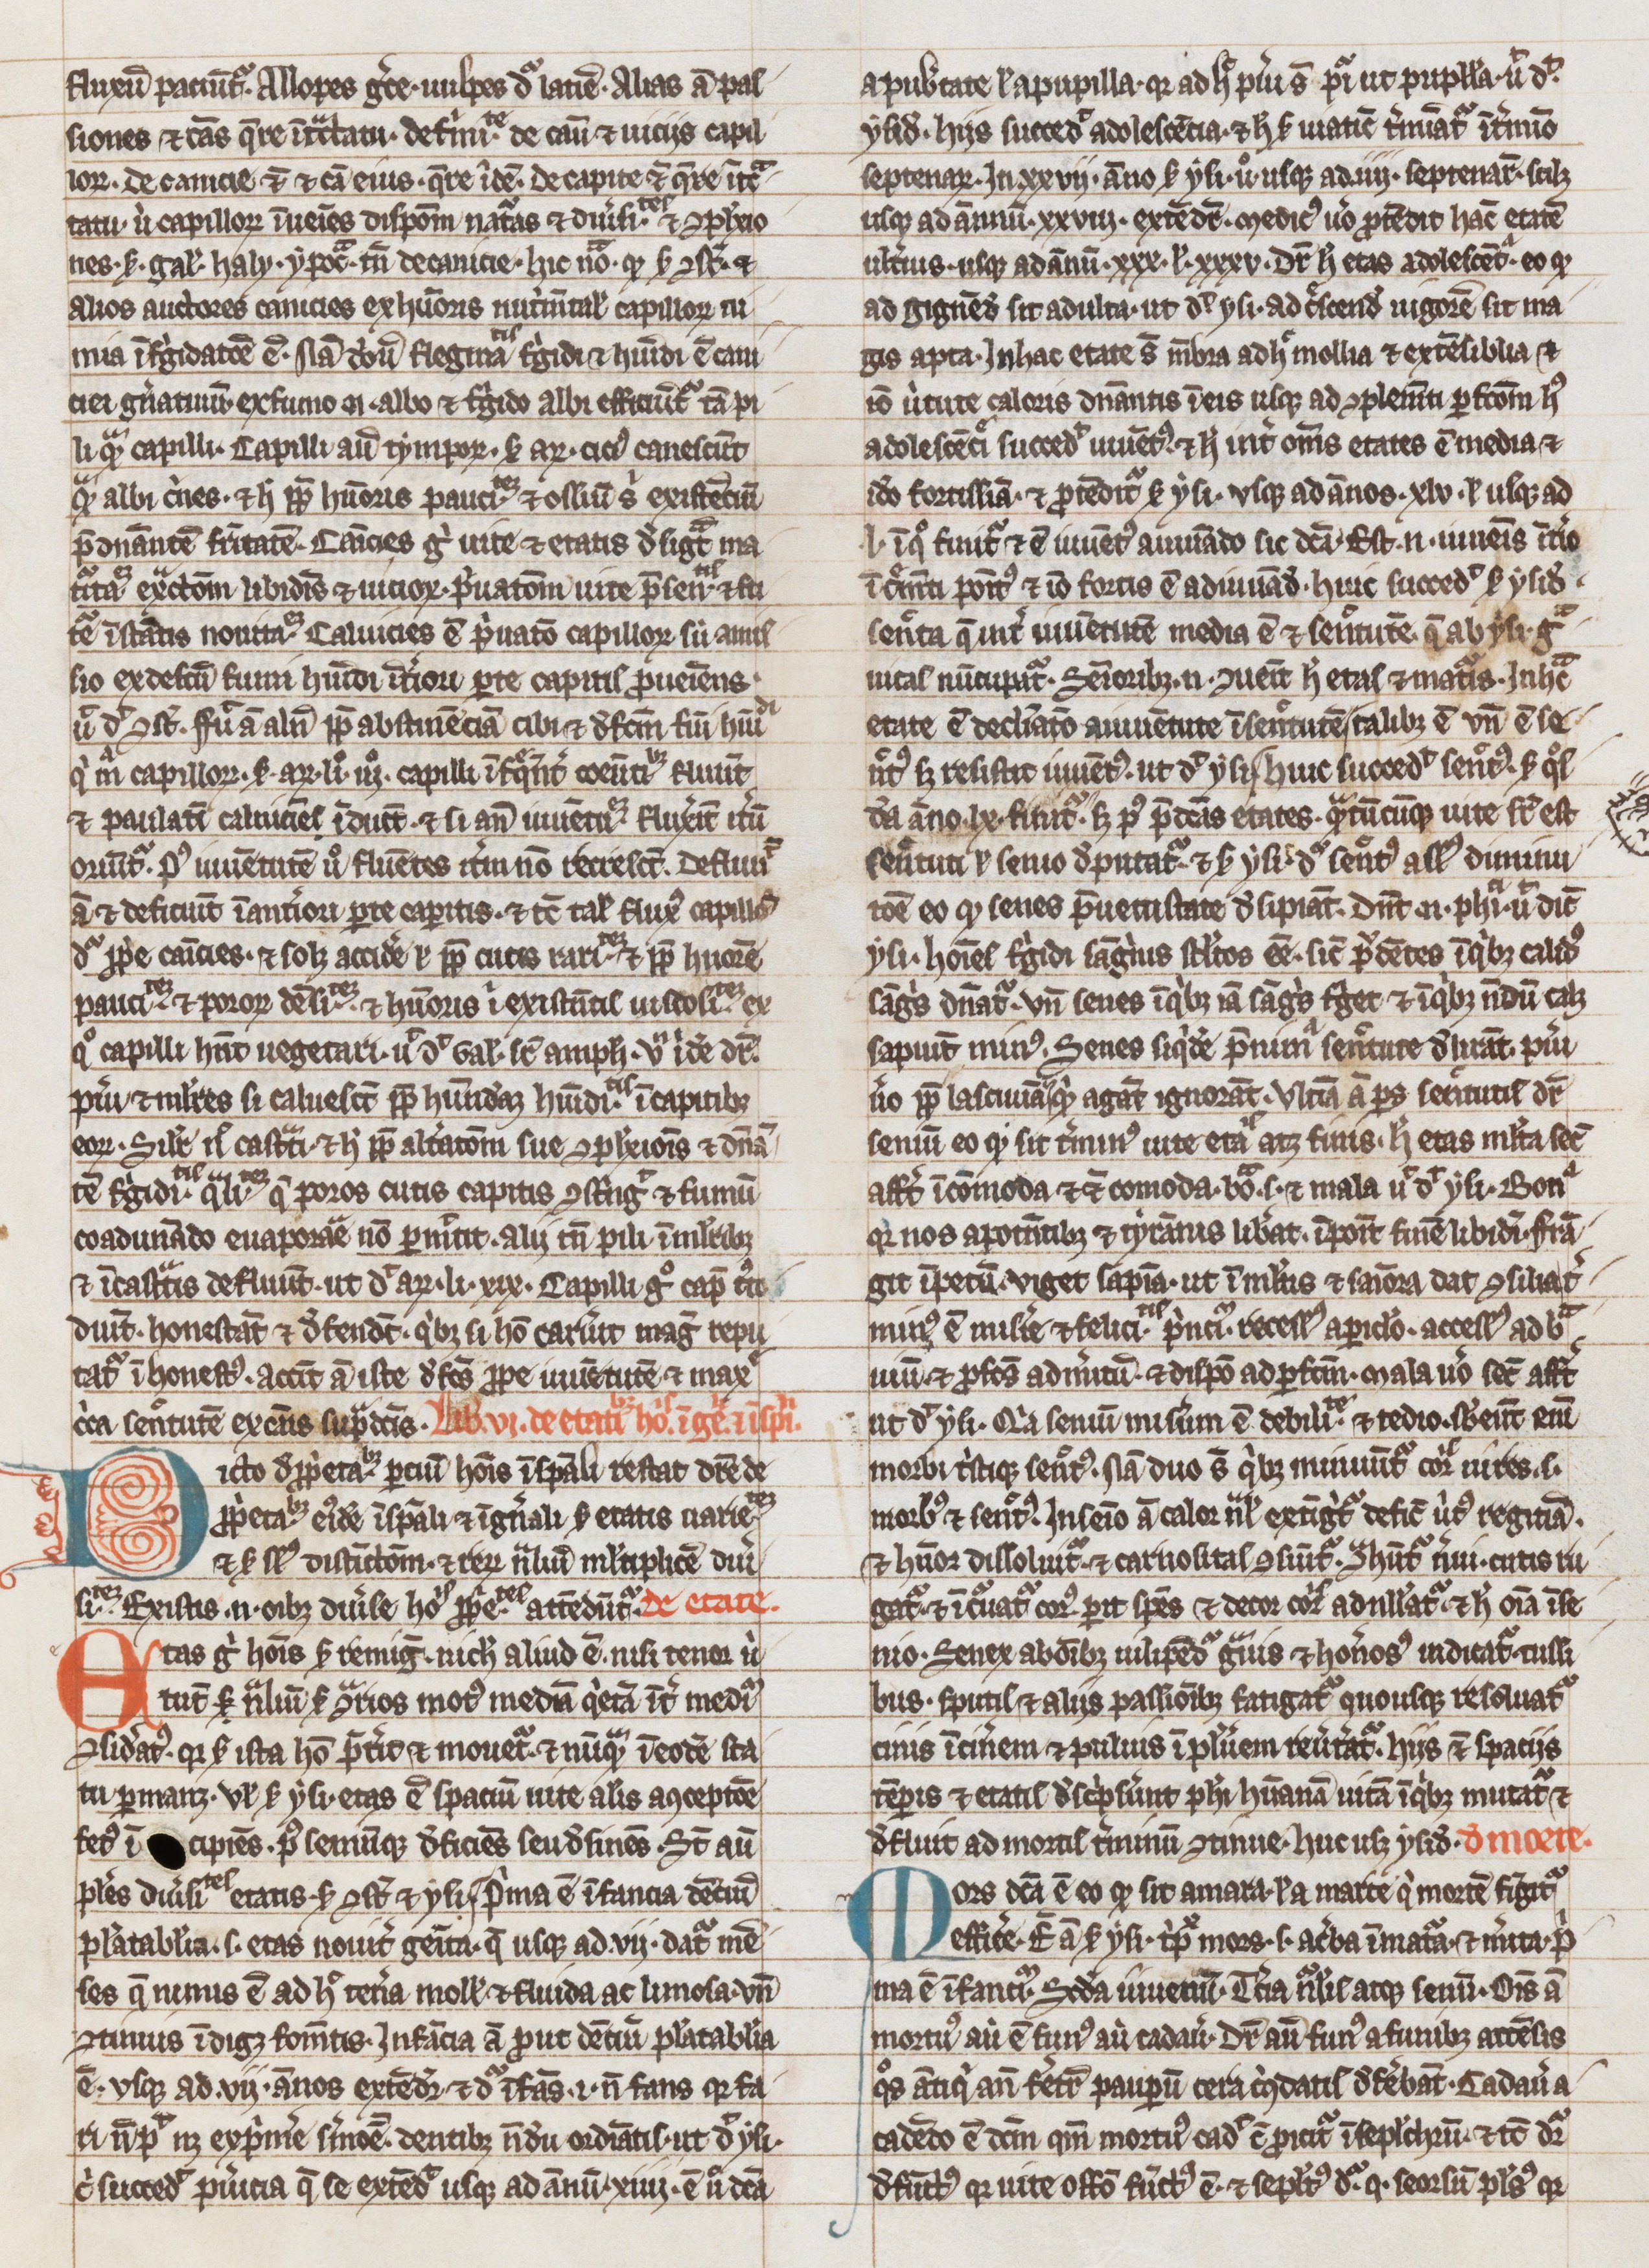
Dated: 1300–1399